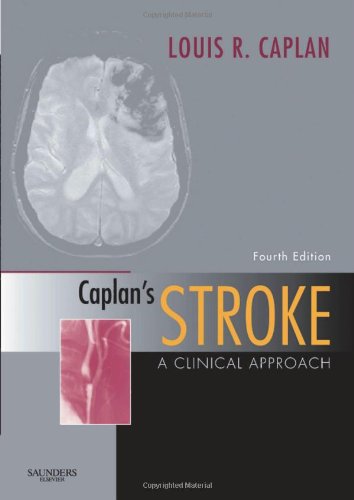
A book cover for Caplan's Stroke: A Clinical Approach, 4e; Louis Caplan MD; Health, Fitness & Dieting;